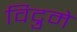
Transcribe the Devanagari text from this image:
विद्रुमे